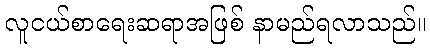
လူငယ်စာရေးဆရာအဖြစ် နာမည်ရလာသည်။